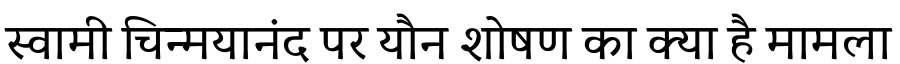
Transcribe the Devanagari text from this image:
स्वामी चिन्मयानंद पर यौन शोषण का क्या है मामला